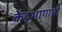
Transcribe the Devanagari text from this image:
केंद्रभागाची